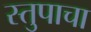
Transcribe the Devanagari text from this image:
स्तुपाचा